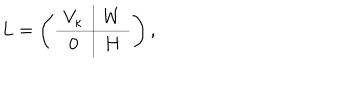
L = \left( \begin{array} { c | c } { { V _ { \kappa } } } & { { W } } \\ \hline { { 0 } } & { { H } } \\ \end{array} \right) ,